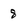
Character: 8